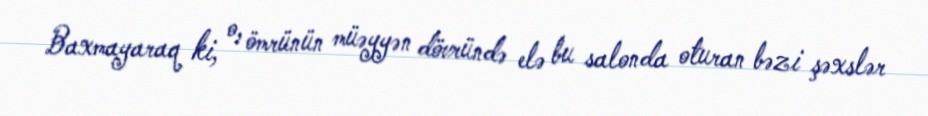
Baxmayaraq ki, o, ömrünün müəyyən dövründə elə bu salonda oturan bəzi şəxslər